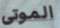
الموتى